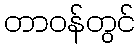
တာဝန်တွင်